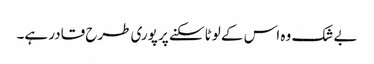
بے شک وہ اس کے لوٹا سکنے پر پوری طرح قادر ہے۔